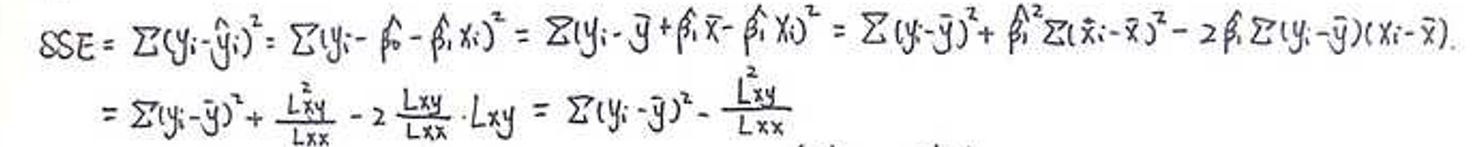
\[
\begin{align*}
SSE&=\sum(y_i - \hat{y}_i)^2=\sum(y_i - \hat{\beta}_0 - \hat{\beta}_1x_i)^2=\sum(y_i-\bar{y}+\hat{\beta}_1\bar{x}-\hat{\beta}_1x_i)^2=\sum(y_i - \bar{y})^2+\hat{\beta}_1^2\sum(x_i - \bar{x})^2-2\hat{\beta}_1\sum(y_i - \bar{y})(x_i - \bar{x})\\
&=\sum(y_i - \bar{y})^2+\frac{L_{xy}^2}{L_{xx}}-2\frac{L_{xy}}{L_{xx}}\cdot L_{xy}=\sum(y_i - \bar{y})^2-\frac{L_{xy}^2}{L_{xx}}
\end{align*}
\]